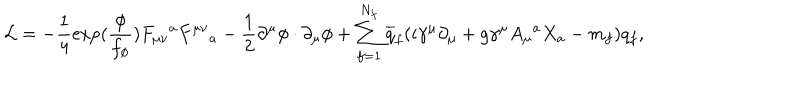
{ \cal L } = - \frac { 1 } { 4 } \exp ( \frac { \phi } { f _ { \phi } } ) F _ { \mu \nu } { } ^ { a } F ^ { \mu \nu } { } _ { a } - \frac { 1 } { 2 } \partial ^ { \mu } \phi \cdot \partial _ { \mu } \phi + \sum _ { f = 1 } ^ { N _ { f } } \overline { { { q } } } _ { f } ( i \gamma ^ { \mu } \partial _ { \mu } + g \gamma ^ { \mu } A _ { \mu } { } ^ { a } X _ { a } - m _ { f } ) q _ { f } ,